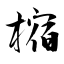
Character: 樎